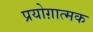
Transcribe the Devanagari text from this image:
प्रयोग़ात्मक